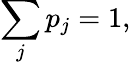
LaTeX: \sum_{j}p_{j}=1,